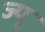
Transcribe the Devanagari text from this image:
ज्‍यू